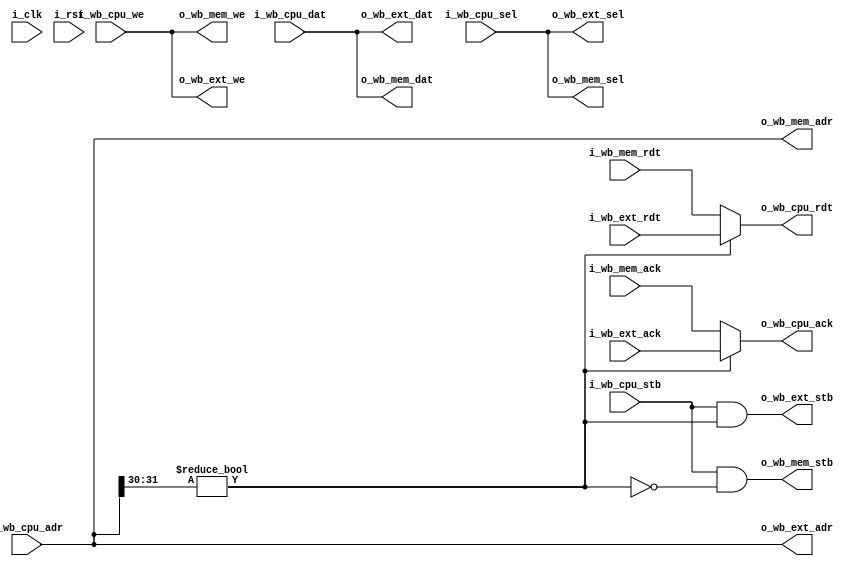
/* serving_mux.v : Simple Wishbone mux for the serving SoC
 *
 * ISC License
 *
 * Copyright (C) 2020 Olof Kindgren <olof.kindgren@gmail.com>
 *
 * Permission to use, copy, modify, and/or distribute this software for any
 * purpose with or without fee is hereby granted, provided that the above
 * copyright notice and this permission notice appear in all copies.
 *
 * THE SOFTWARE IS PROVIDED "AS IS" AND THE AUTHOR DISCLAIMS ALL WARRANTIES
 * WITH REGARD TO THIS SOFTWARE INCLUDING ALL IMPLIED WARRANTIES OF
 * MERCHANTABILITY AND FITNESS. IN NO EVENT SHALL THE AUTHOR BE LIABLE FOR
 * ANY SPECIAL, DIRECT, INDIRECT, OR CONSEQUENTIAL DAMAGES OR ANY DAMAGES
 * WHATSOEVER RESULTING FROM LOSS OF USE, DATA OR PROFITS, WHETHER IN AN
 * ACTION OF CONTRACT, NEGLIGENCE OR OTHER TORTIOUS ACTION, ARISING OUT OF
 * OR IN CONNECTION WITH THE USE OR PERFORMANCE OF THIS SOFTWARE.
 */

module serving_mux
  (
   input wire 	      i_clk,
   input wire 	      i_rst,

   input wire [31:0]  i_wb_cpu_adr,
   input wire [31:0]  i_wb_cpu_dat,
   input wire [3:0]   i_wb_cpu_sel,
   input wire 	      i_wb_cpu_we,
   input wire 	      i_wb_cpu_stb,
   output wire [31:0] o_wb_cpu_rdt,
   output wire 	      o_wb_cpu_ack,

   output wire [31:0] o_wb_mem_adr,
   output wire [31:0] o_wb_mem_dat,
   output wire [3:0]  o_wb_mem_sel,
   output wire 	      o_wb_mem_we,
   output wire 	      o_wb_mem_stb,
   input wire [31:0]  i_wb_mem_rdt,
   input wire 	      i_wb_mem_ack,

   output wire [31:0] o_wb_ext_adr,
   output wire [31:0] o_wb_ext_dat,
   output wire [3:0]  o_wb_ext_sel,
   output wire 	      o_wb_ext_we,
   output wire 	      o_wb_ext_stb,
   input wire [31:0]  i_wb_ext_rdt,
   input wire 	      i_wb_ext_ack);

   wire 	      ext = (i_wb_cpu_adr[31:30] != 2'b00);

   assign o_wb_cpu_rdt = ext ? i_wb_ext_rdt : i_wb_mem_rdt;
   assign o_wb_cpu_ack = ext ? i_wb_ext_ack : i_wb_mem_ack;

   assign o_wb_mem_adr = i_wb_cpu_adr;
   assign o_wb_mem_dat = i_wb_cpu_dat;
   assign o_wb_mem_sel = i_wb_cpu_sel;
   assign o_wb_mem_we  = i_wb_cpu_we;
   assign o_wb_mem_stb = i_wb_cpu_stb & !ext;

   assign o_wb_ext_adr = i_wb_cpu_adr;
   assign o_wb_ext_dat = i_wb_cpu_dat;
   assign o_wb_ext_sel = i_wb_cpu_sel;
   assign o_wb_ext_we  = i_wb_cpu_we;
   assign o_wb_ext_stb = i_wb_cpu_stb & ext;

endmodule